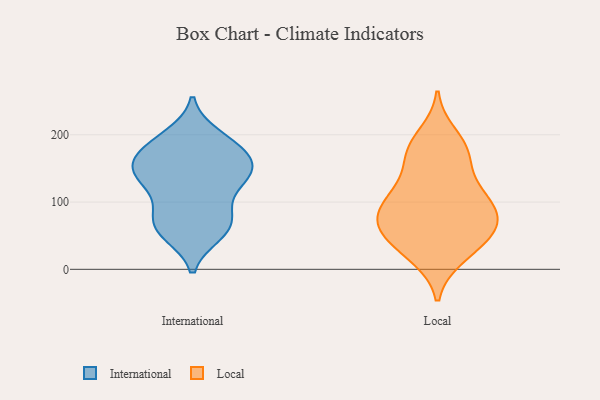
{"axis": {"x": "Shipments", "y": "Value"}, "legend": ["International", "Local"], "data": [{"x": "", "y": 86, "type": "International"}, {"x": "", "y": 135, "type": "International"}, {"x": "", "y": 198, "type": "International"}, {"x": "", "y": 144, "type": "International"}, {"x": "", "y": 149, "type": "International"}, {"x": "", "y": 139, "type": "International"}, {"x": "", "y": 172, "type": "International"}, {"x": "", "y": 151, "type": "International"}, {"x": "", "y": 63, "type": "International"}, {"x": "", "y": 189, "type": "International"}, {"x": "", "y": 53, "type": "International"}, {"x": "", "y": 63, "type": "International"}, {"x": "", "y": 185, "type": "International"}, {"x": "", "y": 173, "type": "International"}, {"x": "", "y": 58, "type": "International"}, {"x": "", "y": 118, "type": "International"}, {"x": "", "y": 145, "type": "International"}, {"x": "", "y": 84, "type": "International"}, {"x": "", "y": 62, "type": "Local"}, {"x": "", "y": 65, "type": "Local"}, {"x": "", "y": 38, "type": "Local"}, {"x": "", "y": 91, "type": "Local"}, {"x": "", "y": 105, "type": "Local"}, {"x": "", "y": 61, "type": "Local"}, {"x": "", "y": 200, "type": "Local"}, {"x": "", "y": 69, "type": "Local"}, {"x": "", "y": 89, "type": "Local"}, {"x": "", "y": 110, "type": "Local"}, {"x": "", "y": 171, "type": "Local"}, {"x": "", "y": 69, "type": "Local"}, {"x": "", "y": 185, "type": "Local"}, {"x": "", "y": 110, "type": "Local"}, {"x": "", "y": 18, "type": "Local"}, {"x": "", "y": 124, "type": "Local"}, {"x": "", "y": 19, "type": "Local"}, {"x": "", "y": 46, "type": "Local"}, {"x": "", "y": 171, "type": "Local"}, {"x": "", "y": 159, "type": "Local"}]}